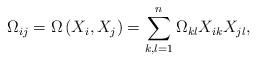
LaTeX: \begin{align*} \Omega_{ij} = \Omega\left( X_i, X_j \right) = \sum_{k,l=1}^n \Omega_{kl} X_{ik} X_{jl}, \end{align*}